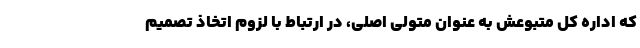
که اداره کل متبوعش به عنوان متولی اصلی، در ارتباط با لزوم اتخاذ تصمیم